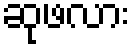
ဆုဖလား